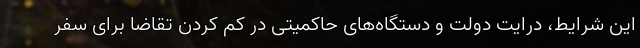
این شرایط، درایت دولت و دستگاه‌های حاکمیتی در کم کردن تقاضا برای سفر